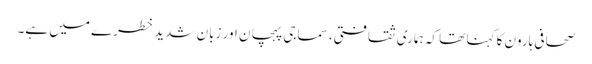
صحافی ہارون کا کہنا تھا کہ ہماری ثقافتی، سماجی پہچان اور زبان شدید خطرے میں ہے۔